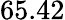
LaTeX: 65.42